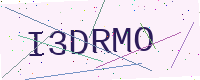
Text: I3DRMO